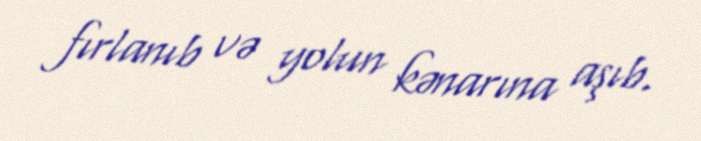
fırlanıb və yolun kənarına aşıb.